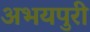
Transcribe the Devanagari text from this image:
अभयपुरी